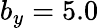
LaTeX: b_{y}=5.0